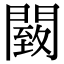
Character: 䦯